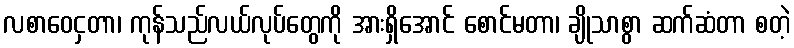
လစာဝေငှတာ၊ ကုန်သည်လယ်လုပ်တွေကို အားရှိအောင် စောင်မတာ၊ ချိုသာစွာ ဆက်ဆံတာ စတဲ့